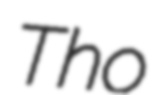
Tho